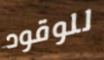
للوقود